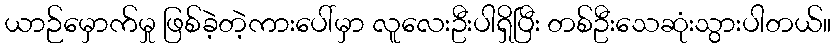
ယာဉ်မှောက်မှု ဖြစ်ခဲ့တဲ့ကားပေါ်မှာ လူလေးဦးပါရှိပြီး တစ်ဦးသေဆုံးသွားပါတယ်။